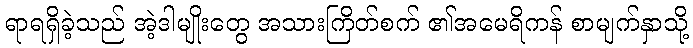
ရာရရှိခဲ့သည် အဲ့ဒါမျိုးတွေ အသားကြိတ်စက် ၏အမေရိကန် စာမျက်နှာသို့